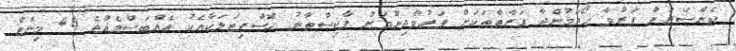
ކެންސަރަށް ފަރުވާ ހޯދަމުންދާ ފަރާތްތަކަށް ފަރުވާދިނުމަށް ޕާކިސްތާނު ހޮސްޕިޓަލަކާއެކު އެއްބަސްވެއްޖެ 46 މިނެޓް